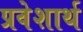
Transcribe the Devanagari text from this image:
प्रवेशार्थ